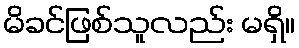
မိခင်ဖြစ်သူလည်း မရှိ။